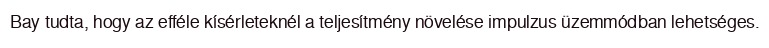
Bay tudta, hogy az efféle kísérleteknél a teljesítmény növelése impulzus üzemmódban lehetséges.